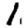
Digit: 1